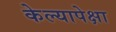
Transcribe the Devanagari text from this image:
केल्यापेक्षा